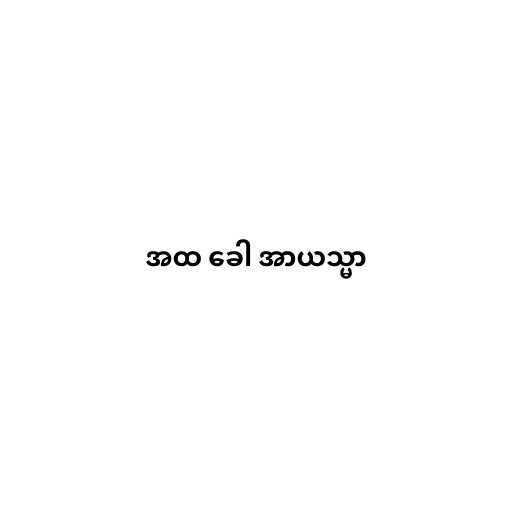
အထ ခေါ အာယသ္မာ